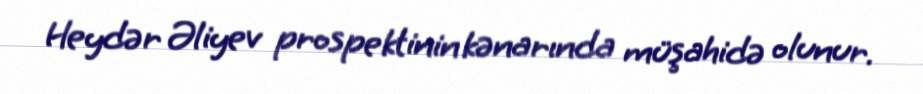
Heydər Əliyev prospektinin kənarında müşahidə olunur.